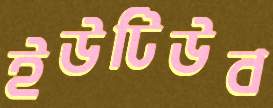
ইউটিউব